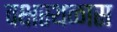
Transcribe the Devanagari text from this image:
वक्षस्थळास